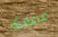
عصابته